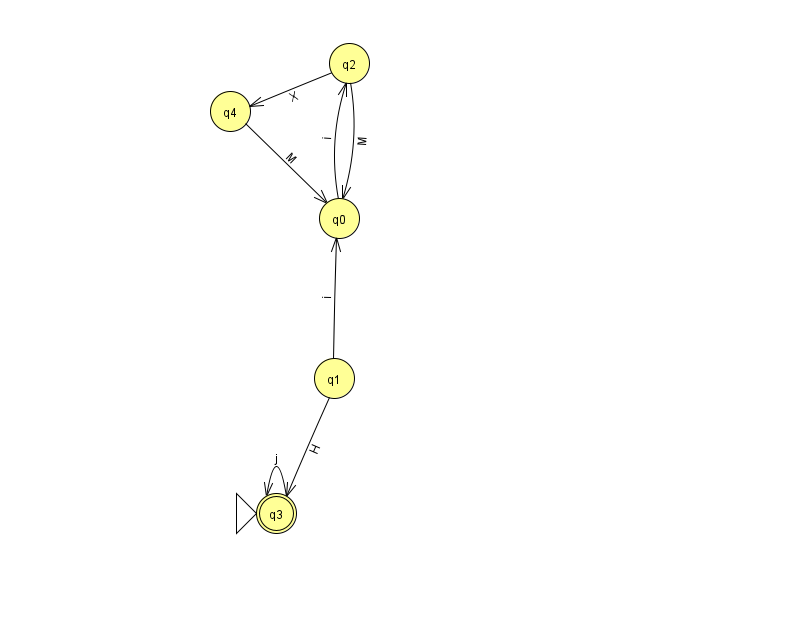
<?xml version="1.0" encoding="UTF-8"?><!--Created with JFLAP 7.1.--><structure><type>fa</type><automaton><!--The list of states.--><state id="0" name="q0"><x>339.0</x><y>205.0</y></state><state id="1" name="q1"><x>334.0</x><y>365.0</y></state><state id="2" name="q2"><x>349.0</x><y>50.0</y></state><state id="3" name="q3"><x>276.0</x><y>500.0</y><initial/><final/></state><state id="4" name="q4"><x>230.0</x><y>98.0</y></state><!--The list of transitions.--><transition><from>1</from><to>3</to><read>H</read></transition><transition><from>2</from><to>0</to><read>M</read></transition><transition><from>3</from><to>3</to><read>j</read></transition><transition><from>1</from><to>0</to><read>i</read></transition><transition><from>0</from><to>2</to><read>i</read></transition><transition><from>2</from><to>4</to><read>X</read></transition><transition><from>4</from><to>0</to><read>M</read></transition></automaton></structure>